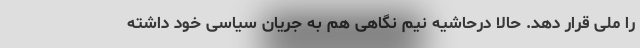
را ملی قرار دهد. حالا درحاشیه نیم نگاهی هم به جریان سیاسی خود داشته